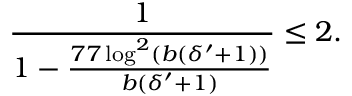
\frac { 1 } { 1 - \frac { 7 7 \log ^ { 2 } ( b ( \delta ^ { \prime } + 1 ) ) } { b ( \delta ^ { \prime } + 1 ) } } \leq 2 .